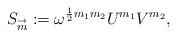
LaTeX: \begin{align*}S_{\buildrel \rightarrow \over m}:=\omega^{{1\over 2}m_1m_2}U^{m_1}V^{m_2},\end{align*}